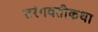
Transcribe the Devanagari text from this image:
तरंगवतीकथा